Civil Veterinary Department Bengal reports 1933-51 - 1933-1951
Year: 1933
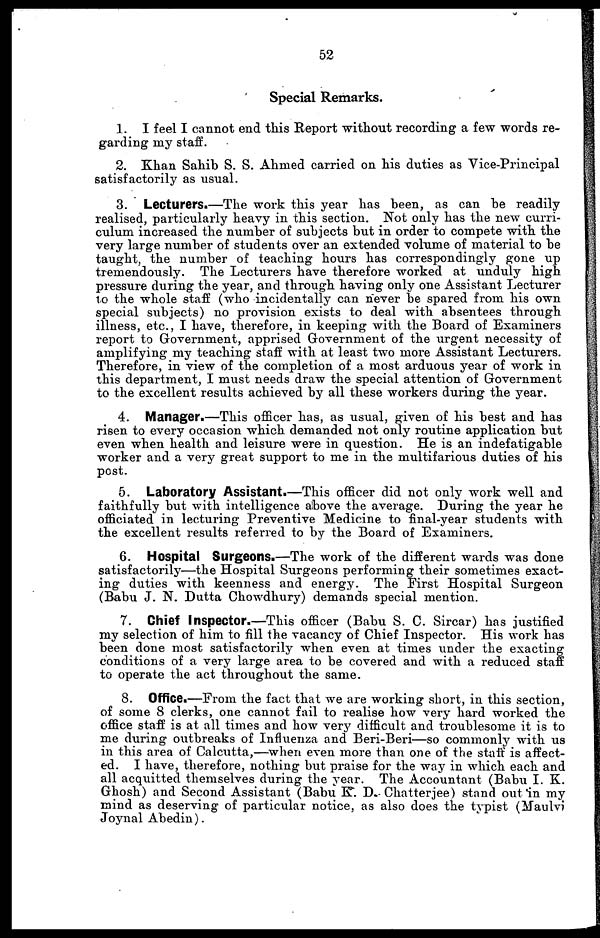
52
Special Remarks.
1. I feel I cannot end this Report without recording a few words re-
garding my staff.
2. Khan Sahib S. S. Ahmed carried on his duties as Vice-Principal
satisfactorily as usual.
3. Lecturers.—The work this year has been, as can be readily
realised, particularly heavy in this section. Not only has the new curri-
culum increased the number of subjects but in order to compete with the
very large number of students over an extended volume of material to be
taught, the number of teaching hours has correspondingly gone up
tremendously. The Lecturers have therefore worked at unduly high
pressure during the year, and through having only one Assistant Lecturer
to the whole staff (who incidentally can never be spared from his own
special subjects) no provision exists to deal with absentees through
illness, etc., I have, therefore, in keeping with the Board of Examiners
report to Government, apprised Government of the urgent necessity of
amplifying my teaching staff with at least two more Assistant Lecturers.
Therefore, in view of the completion of a most arduous year of work in
this department, I must needs draw the special attention of Government
to the excellent results achieved by all these workers during the year.
4. Manager.—This officer has, as usual, given of his best and has
risen to every occasion which demanded not only routine application but
even when health and leisure were in question. He is an indefatigable
worker and a very great support to me in the multifarious duties of his
post.
5. Laboratory Assistant.—This officer did not only work well and
faithfully but with intelligence above the average. During the year he
officiated in lecturing Preventive Medicine to final-year students with
the excellent results referred to by the Board of Examiners.
6. Hospital Surgeons.—The work of the different wards was done
satisfactorily—the Hospital Surgeons performing their sometimes exact-
ing duties with keenness and energy. The First Hospital Surgeon
(Babu J. N. Dutta Chowdhury) demands special mention.
7. Chief Inspector.—This officer (Babu S. C. Sircar) has justified
my selection of him to fill the vacancy of Chief Inspector. His work has
been done most satisfactorily when even at times under the exacting
conditions of a very large area to be covered and with a reduced staff
to operate the act throughout the same.
8. Office.—From the fact that we are working short, in this section,
of some 8 clerks, one cannot fail to realise how very hard worked the
office staff is at all times and how very difficult and troublesome it is to
me during outbreaks of Influenza and Beri-Beri—so commonly with us
in this area of Calcutta,—when even more than one of the staft is affect-
ed. I have, therefore, nothing but praise for the way in which each and
all acquitted themselves during the year. The Accountant (Babu I. K.
Ghosh) and Second Assistant (Babu K. D. Chatterjee) stand out in my
mind as deserving of particular notice, as also does the typist (Maulvi
Joynal Abedin).